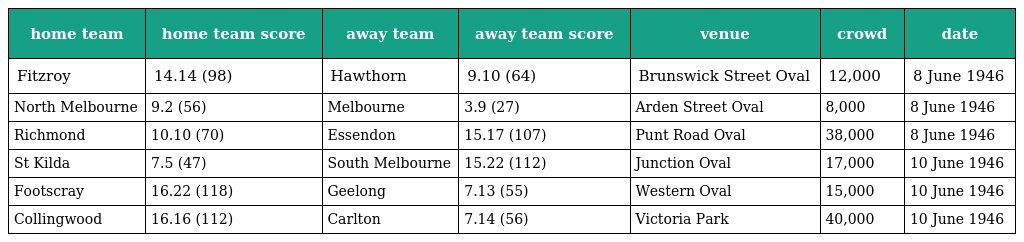
| home team | home team score | away team | away team score | venue | crowd | date |
 | --- | --- | --- | --- | --- | --- | --- |
 | Fitzroy | 14.14 (98) | Hawthorn | 9.10 (64) | Brunswick Street Oval | 12,000 | 8 June 1946 |
 | North Melbourne | 9.2 (56) | Melbourne | 3.9 (27) | Arden Street Oval | 8,000 | 8 June 1946 |
 | Richmond | 10.10 (70) | Essendon | 15.17 (107) | Punt Road Oval | 38,000 | 8 June 1946 |
 | St Kilda | 7.5 (47) | South Melbourne | 15.22 (112) | Junction Oval | 17,000 | 10 June 1946 |
 | Footscray | 16.22 (118) | Geelong | 7.13 (55) | Western Oval | 15,000 | 10 June 1946 |
 | Collingwood | 16.16 (112) | Carlton | 7.14 (56) | Victoria Park | 40,000 | 10 June 1946 |